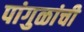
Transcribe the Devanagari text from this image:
पांगुळांची